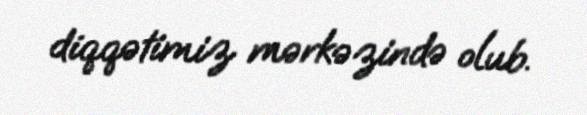
diqqətimiz mərkəzində olub.